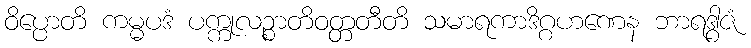
ဝိပ္ပောတိ ကမ္မပဒံ ပက္ကုလဉ္စာတိဝတ္တတီတိ သမာရကာဒိဂ္ဂဟဏေန ဘာရဒွါဇံ